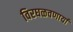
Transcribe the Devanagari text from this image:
विरघळवणार्या